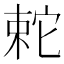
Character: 𡩆